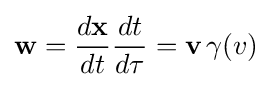
{\textbf {w}}={\frac {d{\textbf {x}}}{dt}}{\frac {dt}{d\tau }}={\textbf {v}}\,\gamma (v)